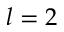
l = 2